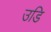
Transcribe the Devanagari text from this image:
उडि